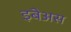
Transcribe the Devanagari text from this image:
इबेअस